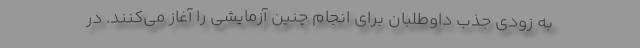
به زودی جذب داوطلبان برای انجام چنین آزمایشی را آغاز می‌کنند. در